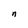
Character: n